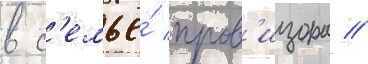
в с'емье́ пров'изора //